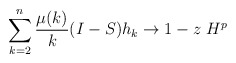
\begin{align*} \sum_{k=2}^n \frac{\mu(k)}{k} (I-S) h_k \to 1-z \ H^p\end{align*}